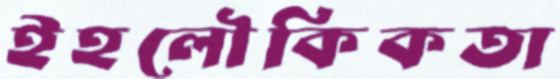
ইহলৌকিকতা